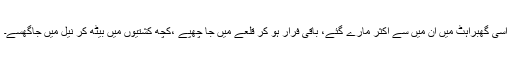
اسی گھبراہٹ میں ان میں سے اکثر مارے گئے، باقی فرار ہو کر قلعے میں جا چھپے ،کچھ کشتیوں میں بیٹھ کر نیل میں جاگھسے۔